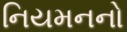
નિયમનનો